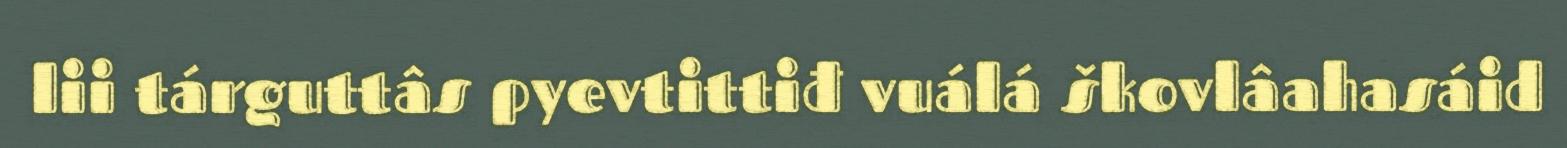
lii tárguttâs pyevtittiđ vuálá škovlâahasáid